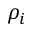
\rho _ { i }